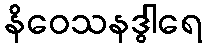
နိဝေသနဒွါရေ